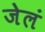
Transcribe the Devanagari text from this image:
जेलं